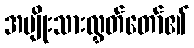
အမျိုးသားလွှတ်တော်၏